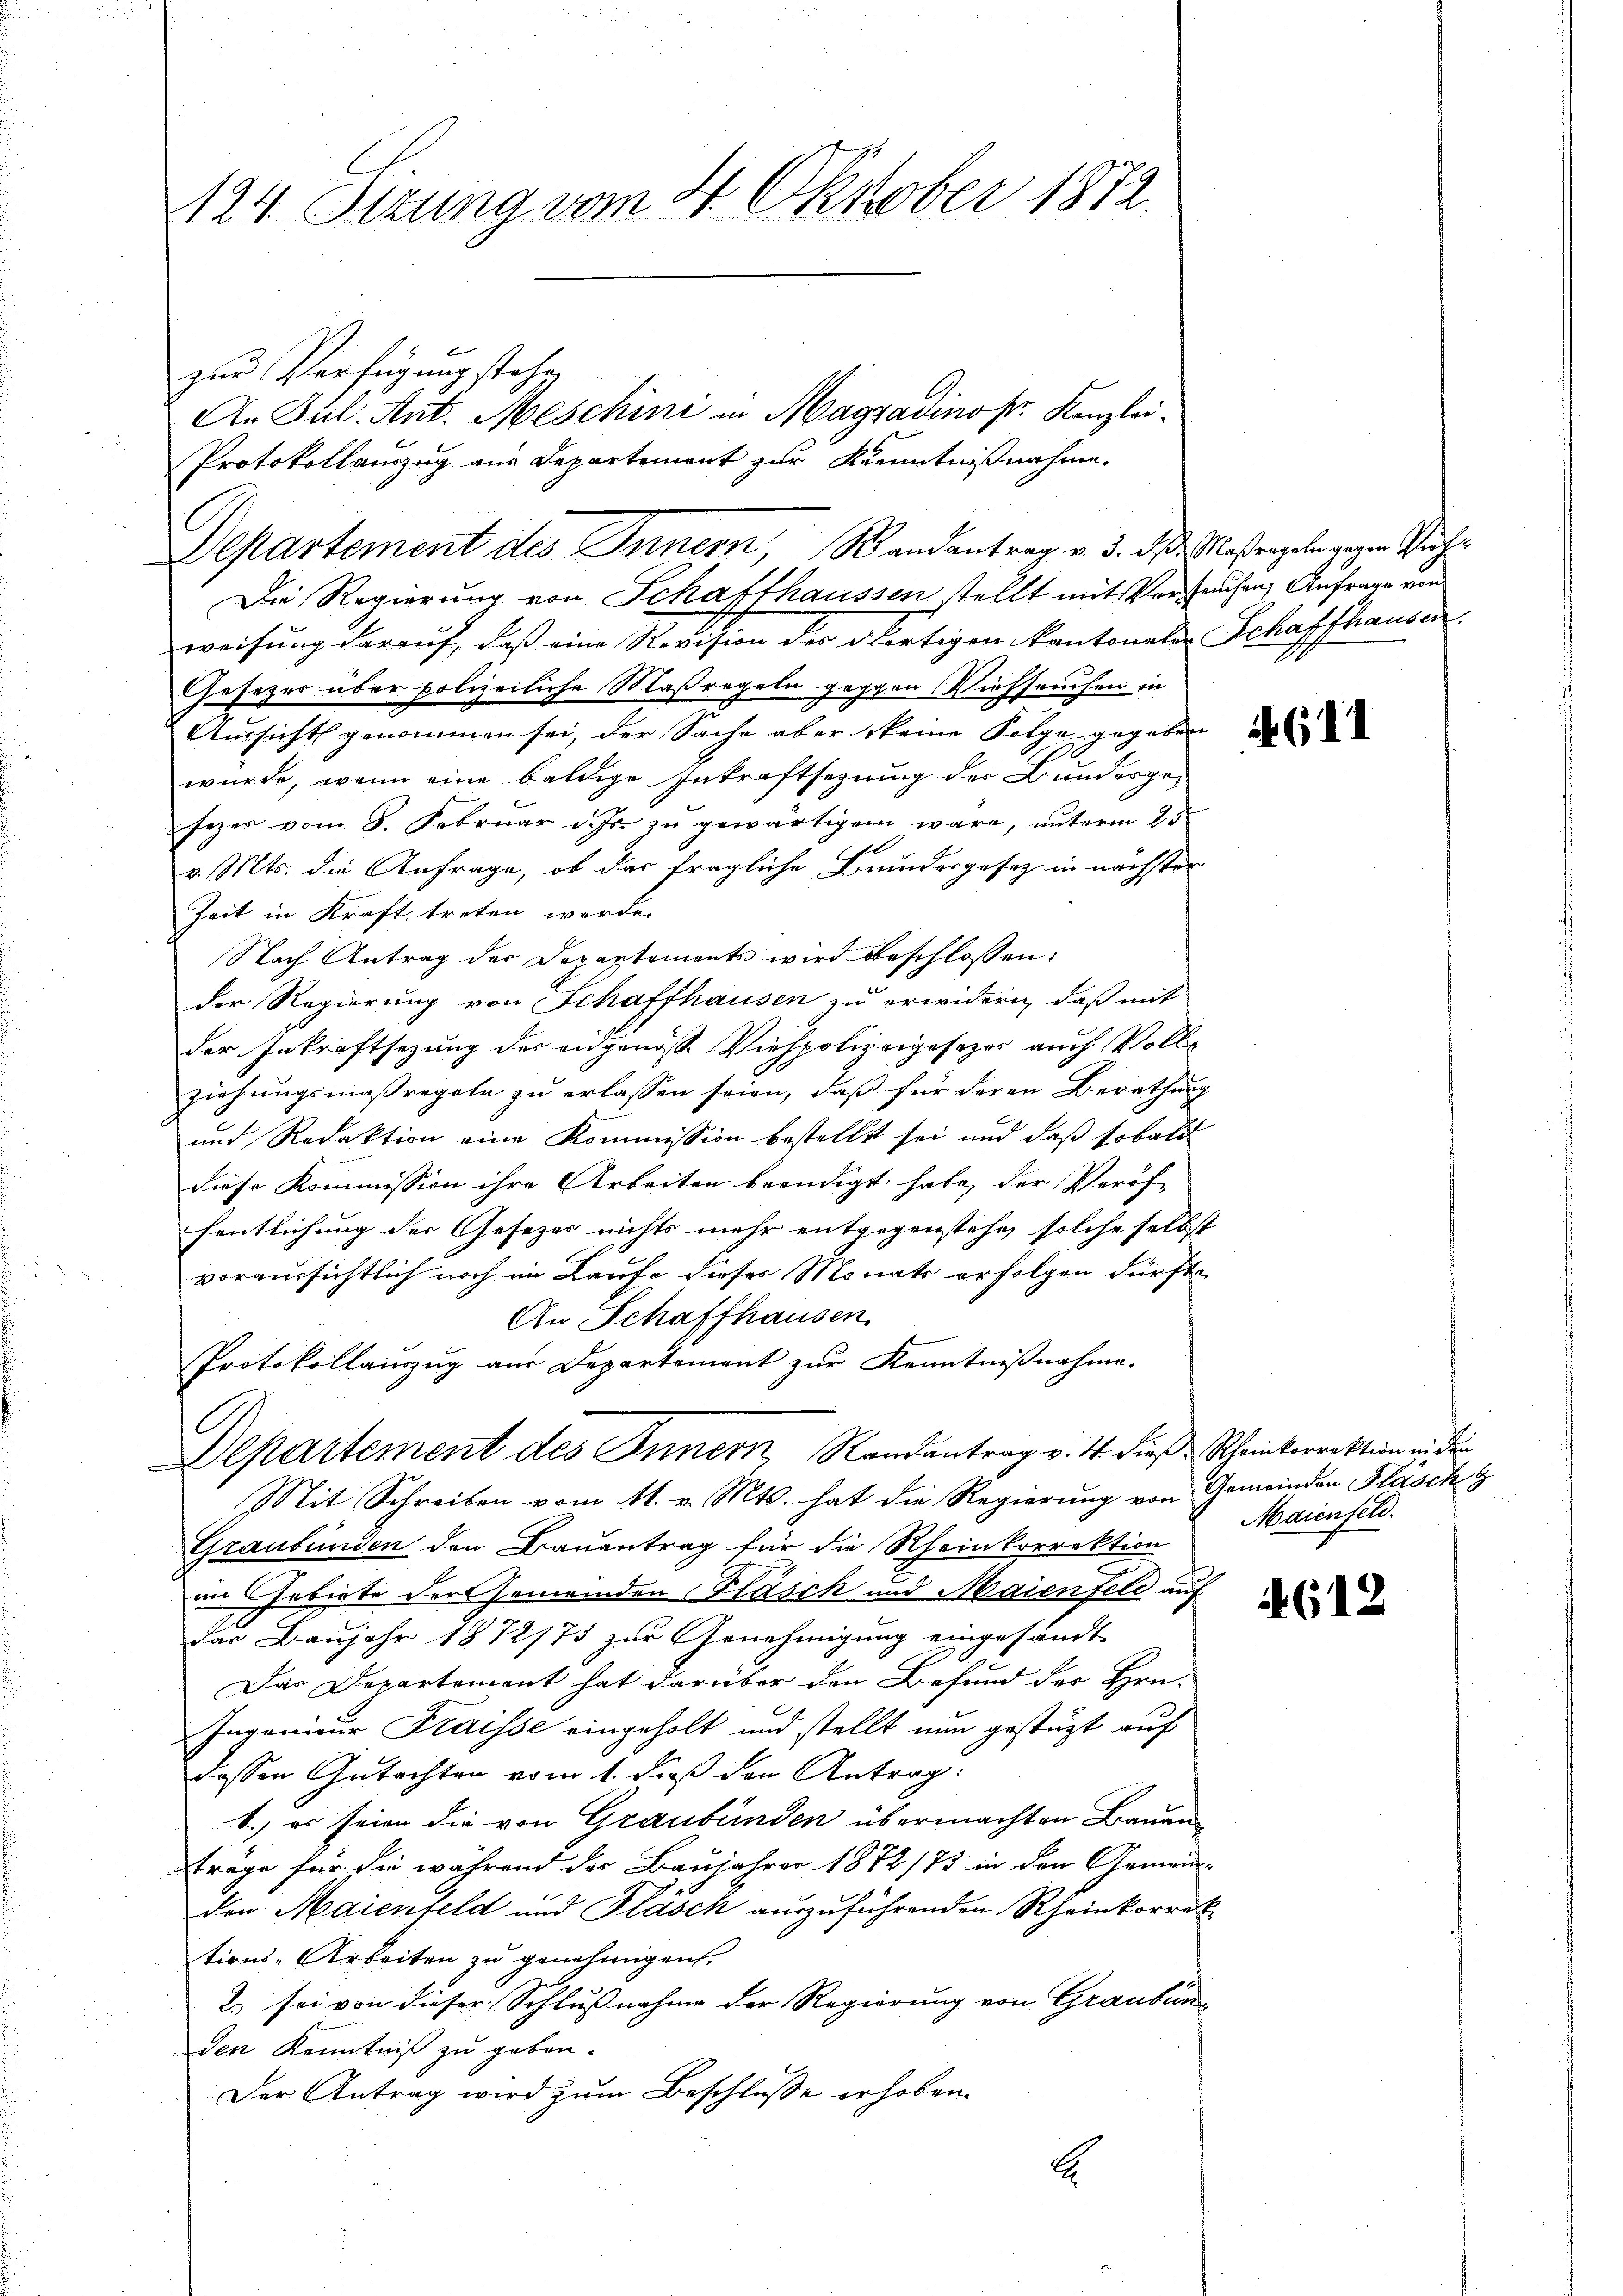
124. Sizung vom 4. Oktober 1872.

zur Verfügung stehe,
weisung darauf, daß eine Revision der dortigen Kantonale Schaffhausen
Gesetzes über polizeiliche Maßregeln gegen Viehseuchen in
Aŭssicht genommen sei, der Sache aber keine Folge gegeben
A
wurde, wenn eine baldige Inkraftsezung der Bundesgesezes vom 8. Februar d. Js. zu gewärtigen wäre, unterm 25.
v. Mts. die Anfrage, ob das fragliche Bundesgesetz in nächster
Zeit in Kraft treten werde.
Nach Antrag der Departements wird beschlossen:
der Regierung von Schaffhausen zu erwidern, daß mit
der Inkraftsetzung des eidgenöss. Viehpolizeigesezes auch Vollziehungsmaßregeln zu erlassen seien, daß für deren Berathung
und Redaktion eine Kommission bestellet sei und daß sobald
diese Kommission ihre Arbeiten beendigt habe, der Veröffentlichung der Gesezes nichts mehr entgegenstehen solche selbst
voraussichtlich noch im Laufe dieser Monats erfolgen dürfte
An Schaffhausen.
Protokollinzug aus Departement zur Kenntnißnahme.
A
Departement des Innern, Randantrag v. 4. dieß Scheinkorrektion in der
Mit Schreiben vom 11. v. Mts. hat die Regierung von Gemeinden Flasch g
Graubünden den Bauentrag für die Rheinkorrektion
im Gebiete der Gemeinden Flasch und Maienfeld auf
das Baujahr 1872/73 zur Genehmigung eingesandt
Das Departement hat darüber den Befund der Hrn.
Ingenieur Fraisse eingeholt und stellt nun gestüzt auf
dessen Gutachten vom 1. dieß den Antrag:
1.) es seien die von Graubünden übermachten Bauen
frage für die während der Baujahrer 1872/73 in den Gemein
den Maienfeld und Flasch auszuführenden Rheinkorre
tions-Arbeiten zu genehmigen.
2) sei von dieser Schlußnahme der Regierung von Graubün
den Kenntniß zu geben.
Der Antrag wird zum Beschlusse erhoben.
.

Departement des Innern, Randantrag v. 3. ds Maßregeln gegen Reiche
Die Regierung von Schaffhaussen stellt mit Verstaufen, Anfrage von

An Jul. Ant. Meschini in Magzadino pr. Kanzlei¬
Protokollauszug aus Departement zur Kenntnißnahme.

if. 611

Maienfeld.

612